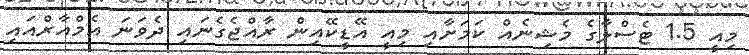
މިއީ 1.5 ޓެސްލާގެ މެޝިނެއް ކަމަށާއި މިއީ އޭޑީކޭއިން ރާއްޖެގެނައި ދެވަނަ އެމްއާރްއައި